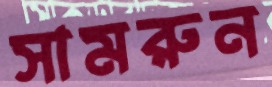
সামরুন